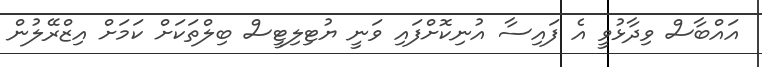
އައްބާސް ވިދާޅުވީ އެ ފައިސާ އުނިކޮށްފައި ވަނީ ޔުޓިލިޓީސް ބިލްތަކަށް ކަމަށް އިޒްރޭލުން